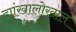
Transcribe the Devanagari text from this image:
ह्यांखालोखाल